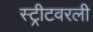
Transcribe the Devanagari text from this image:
स्ट्रीटवरली